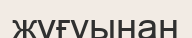
жұғуынан